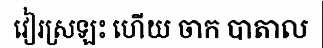
វៀរស្រឡះ ហើយ ចាក បាតាល